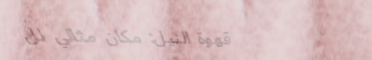
قهوة النيل: مكان مثالي لل